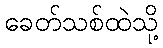
ခေတ်သစ်ထဲသို့